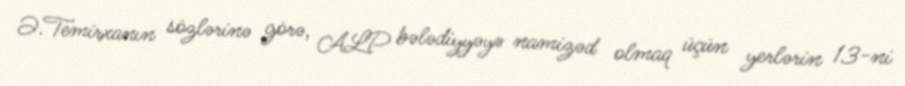
Ə.Temirxanın sözlərinə görə, ALP bələdiyyəyə namizəd olmaq üçün yerlərin 13-ni